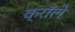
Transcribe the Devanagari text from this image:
क्रॉले